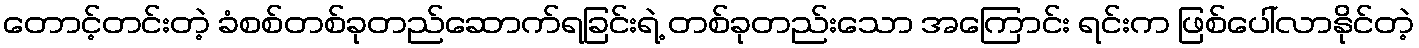
တောင့်တင်းတဲ့ ခံစစ်တစ်ခုတည်ဆောက်ရခြင်းရဲ့ တစ်ခုတည်းသော အကြောင်း ရင်းက ဖြစ်ပေါ်လာနိုင်တဲ့